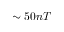
\sim 5 0 n T